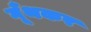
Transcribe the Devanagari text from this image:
गूँथकर